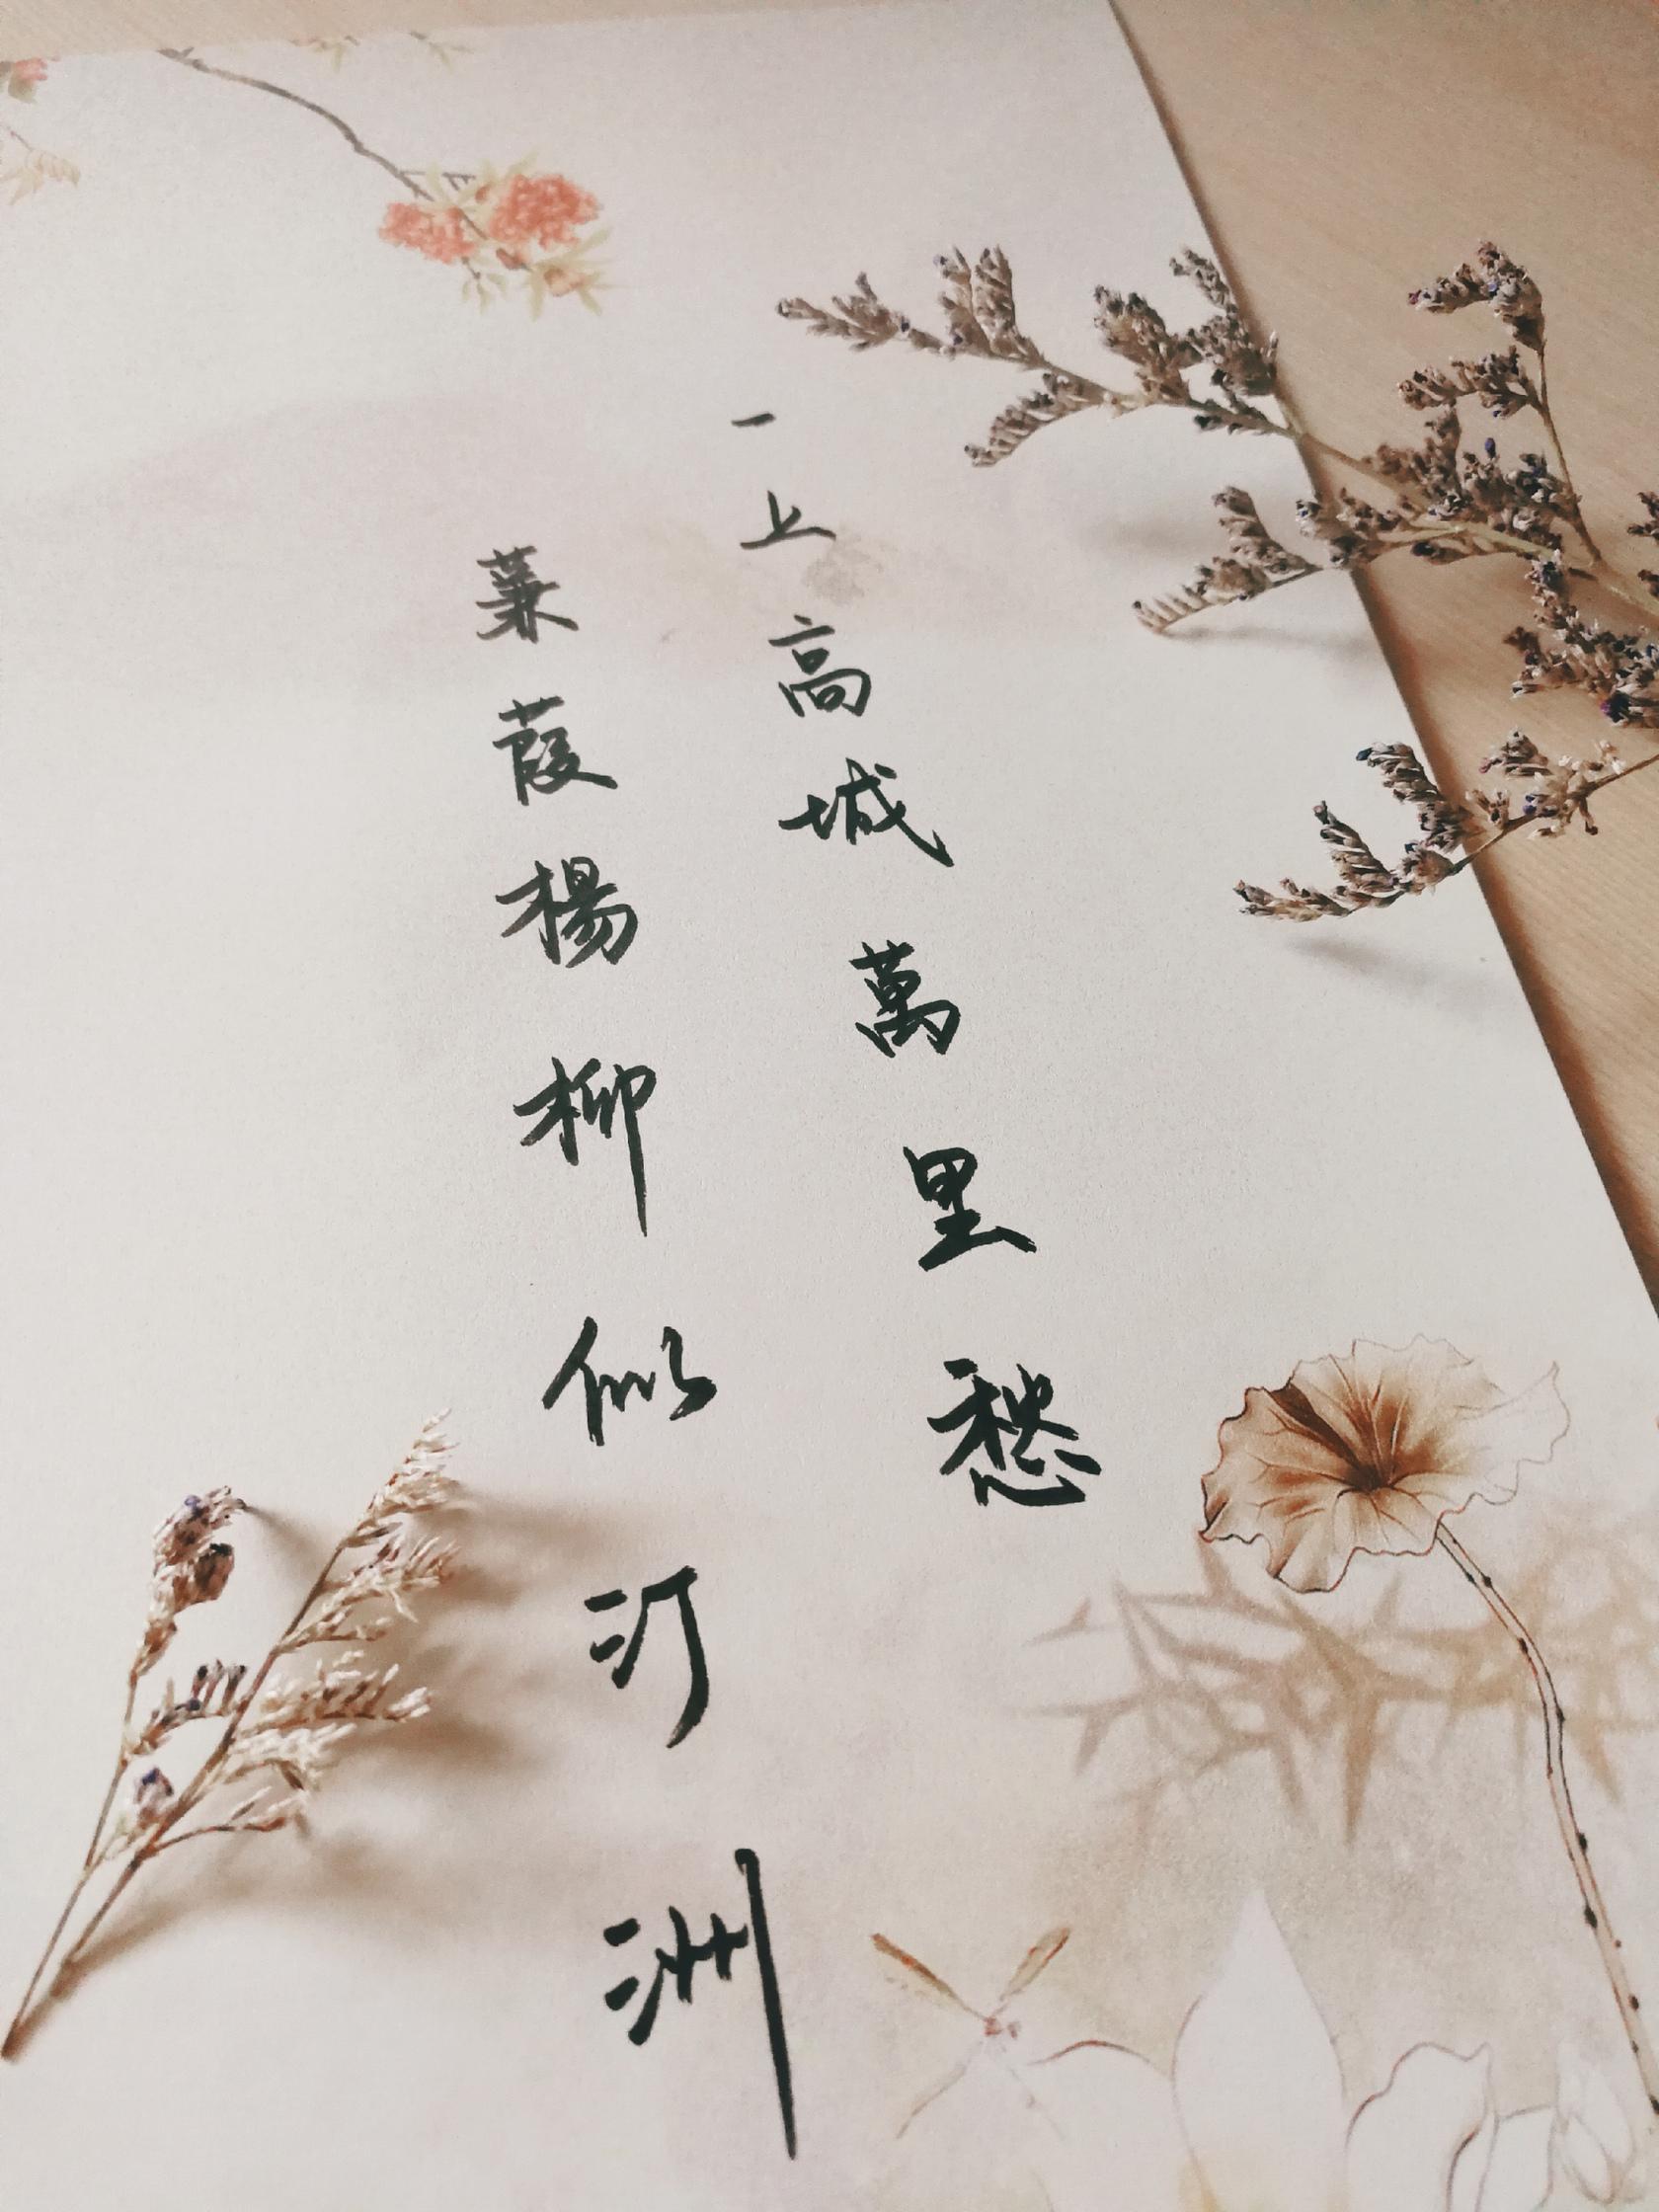
一上高城万里愁，蒹葭杨柳似汀洲。